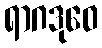
ရာဂဒုဝေ